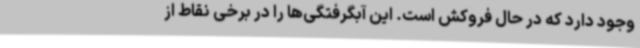
وجود دارد که در حال فروکش است. این آبگرفتگی‌ها را در برخی نقاط از